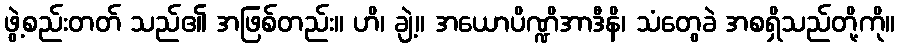
ဖွဲ့စည်းတတ် သည်၏ အဖြစ်တည်း။ ဟိ၊ ချဲ့။ အယောပိဏ္ဍိအာဒီနိ၊ သံတွေခဲ အစရှိသည်တို့ကို။